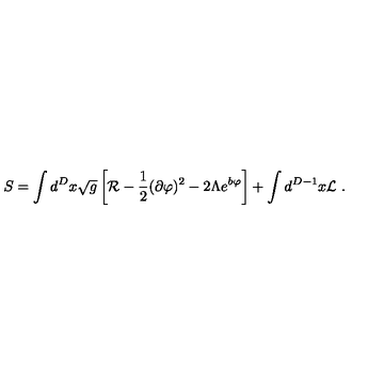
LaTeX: S = \int d ^ { D } x \sqrt { g } \left[ { \cal R } - \frac { 1 } { 2 } ( \partial \varphi ) ^ { 2 } - 2 \Lambda e ^ { b \varphi } \right] + \int d ^ { D - 1 } x { \cal L } \ .